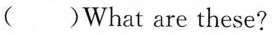
()What are these?